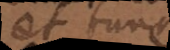
et tunc